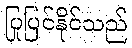
ပြုပြင်နိုင်သည်